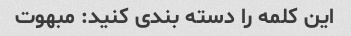
این کلمه را دسته بندی کنید: مبهوت